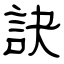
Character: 訣